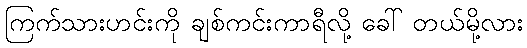
ကြက်သားဟင်းကို ချစ်ကင်းကာရီလို့ ခေါ် တယ်မို့လား